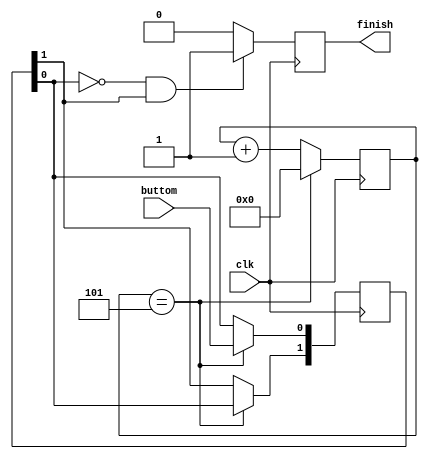
module debounce(
	clk,
	buttom,
	finish
);

input clk,buttom;
output reg finish;

reg [31:0] count = 0;
reg [1:0] temp = 2'b00;

always@(posedge clk) begin
	if(count == 5) begin
		count <= 0;
	end else 
		count <= count + 1;
end

always@(posedge clk) begin
	if(count == 5) begin 
		temp[0] <= buttom;
		temp[1] <= temp[0];
	end
end

always@(posedge clk) begin
	if(~temp[0] && temp[1]) begin
		finish <= 1;
	end else 
		finish <= 0;
end

endmodule